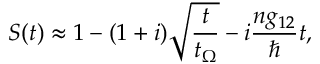
S ( t ) \approx 1 - ( 1 + i ) \sqrt { \frac { t } { t _ { \Omega } } } - i \frac { n g _ { 1 2 } } { \hbar } t ,